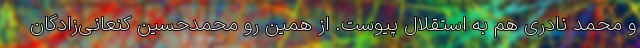
و محمد نادری هم به استقلال پیوست. از همین رو محمدحسین کنعانی‌زادگان